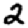
Digit: 2